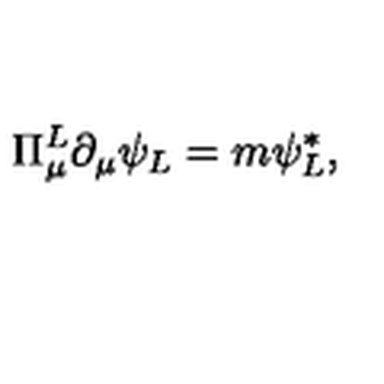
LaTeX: \Pi _ { \mu } ^ { L } \partial _ { \mu } \psi _ { L } = m \psi _ { L } ^ { * } ,